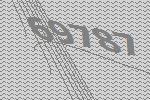
69787